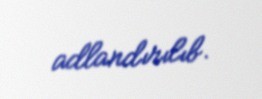
adlandırılıb.